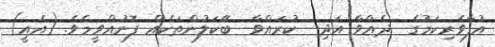
އުފާވެރިކަމުގެ  ދެއްވާ އަދި  ކުރައްވާ  ބޭކަލުންތަކެއް ފޮނުއްވީމެވެ. (އެއީ)